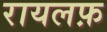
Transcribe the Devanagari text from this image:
रायलफ़